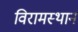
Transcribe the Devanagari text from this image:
विरामस्थान